Scottish Leaving Certificate Examination, 1952
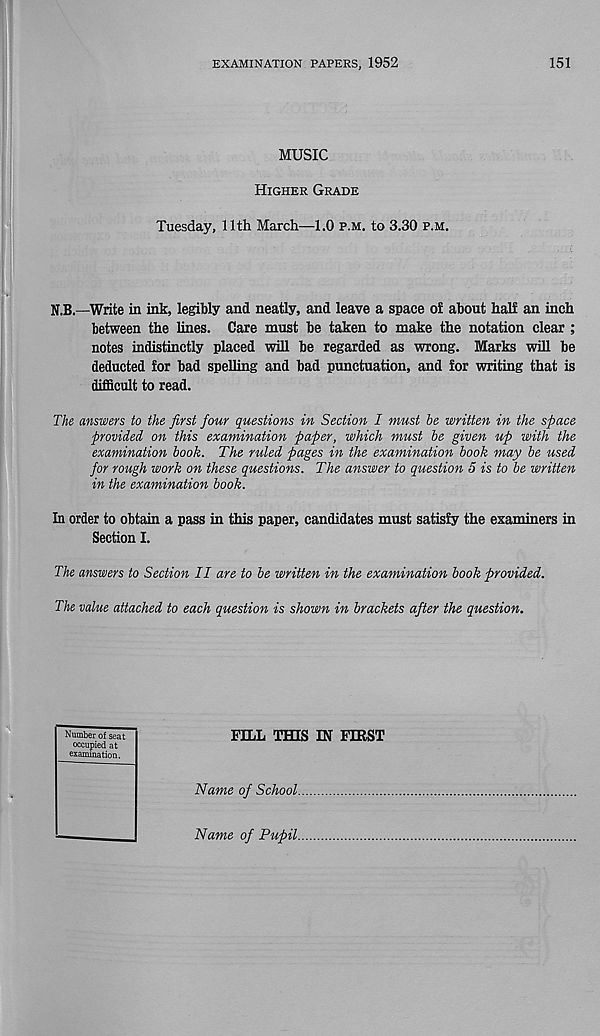
EXAMINATION PAPERS, 1952
151
MUSIC
Higher Grade
Tuesday, 11th March—1.0 p.m. to 3.30 p.m.
N.B.—Write in ink, legibly and neatly, and leave a space of about half an inch
between the lines. Care must be taken to make the notation clear ;
notes indistinctly placed will be regarded as wrong. Marks will be
deducted for bad spelling and bad punctuation, and for writing that is
difficult to read.
The answers to the first four questions in Section I must he written in the space
provided on this examination paper, which must he given up with the
examination hook. The ruled pages in the examination hook may he used
for rough work on these questions. The answer to question 5 is to he written
in the examination hook.
In order to obtain a pass in this paper, candidates must satisfy the examiners in
Section I.
The answers to Section II are to he written in the examination hook provided.
The value attached to each question is shown in brackets after the question.
Number of seat
occupied at
examination.
FILL THIS IN FIRST
Name of School.
Name of Pupil.